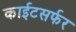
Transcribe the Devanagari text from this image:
काईटसर्फर